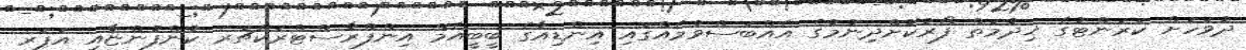
ދުވަހަށް ކަރަންޓުގެ ޚިދުމަތް ފޯރުކޮށްދިނުމުގެ އެއްބަސްވުމެއްގައި އިންޑިއާގެ ބީބީއެމް އިންފްރާސްޓްރަކްޗަރ ކުންފުންޏާއި އަޕަރ